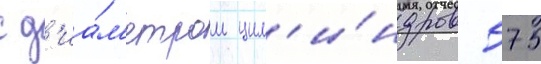
с д'иа́м'етром цил'и́ндров 575